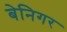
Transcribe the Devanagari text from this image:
बेनिगर